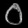
Digit: ၀